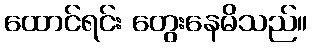
ထောင်ရင်း တွေးနေမိသည်။